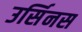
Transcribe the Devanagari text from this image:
उर्सिनस